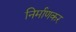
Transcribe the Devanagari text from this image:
निर्माणकर